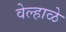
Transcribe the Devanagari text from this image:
वेल्हाळे